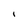
Character: I